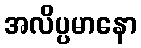
အလိပ္ပမာနော